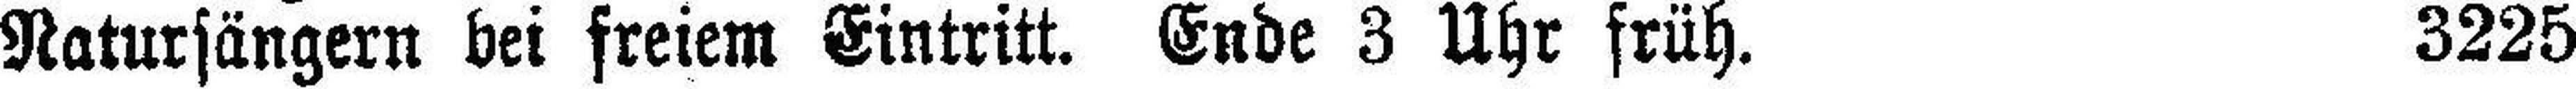
Natursängern bei freiem Eintritt. Ende 3 Uhr früh. 3225